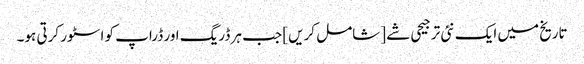
تاریخ میں ایک نئی ترجیحی شے [شامل کریں] جب ہر ڈریگ اور ڈراپ کو اسٹور کرتی ہو۔